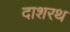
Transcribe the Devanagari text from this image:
दाशरथ